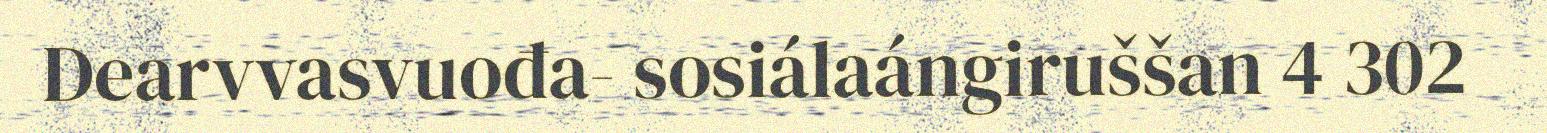
Dearvvasvuođa- sosiálaángiruššan 4 302